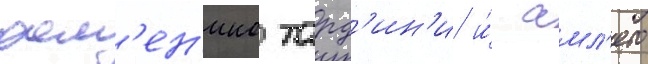
дом'ен'ико тард'ин'и и́ амл'ето